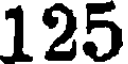
125